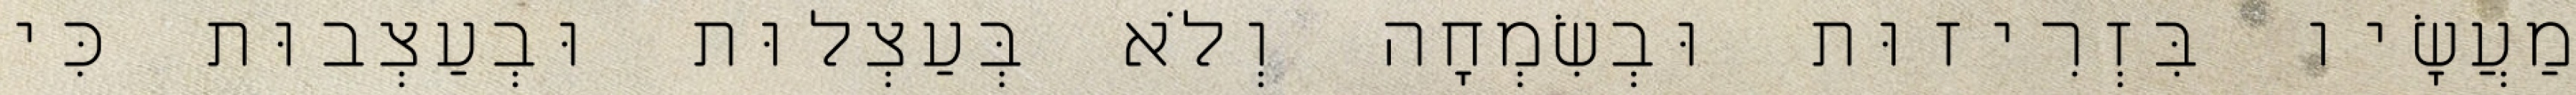
מַעֲשָׂיו בִּזְרִיזוּת וּבְשִׂמְחָה וְלֹא בְּעַצְלוּת וּבְעַצְבוּת כִּי